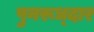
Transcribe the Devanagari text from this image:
पुनरूध्दार